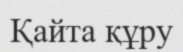
Қайта құру